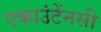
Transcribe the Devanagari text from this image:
एकाउंटेंनसी